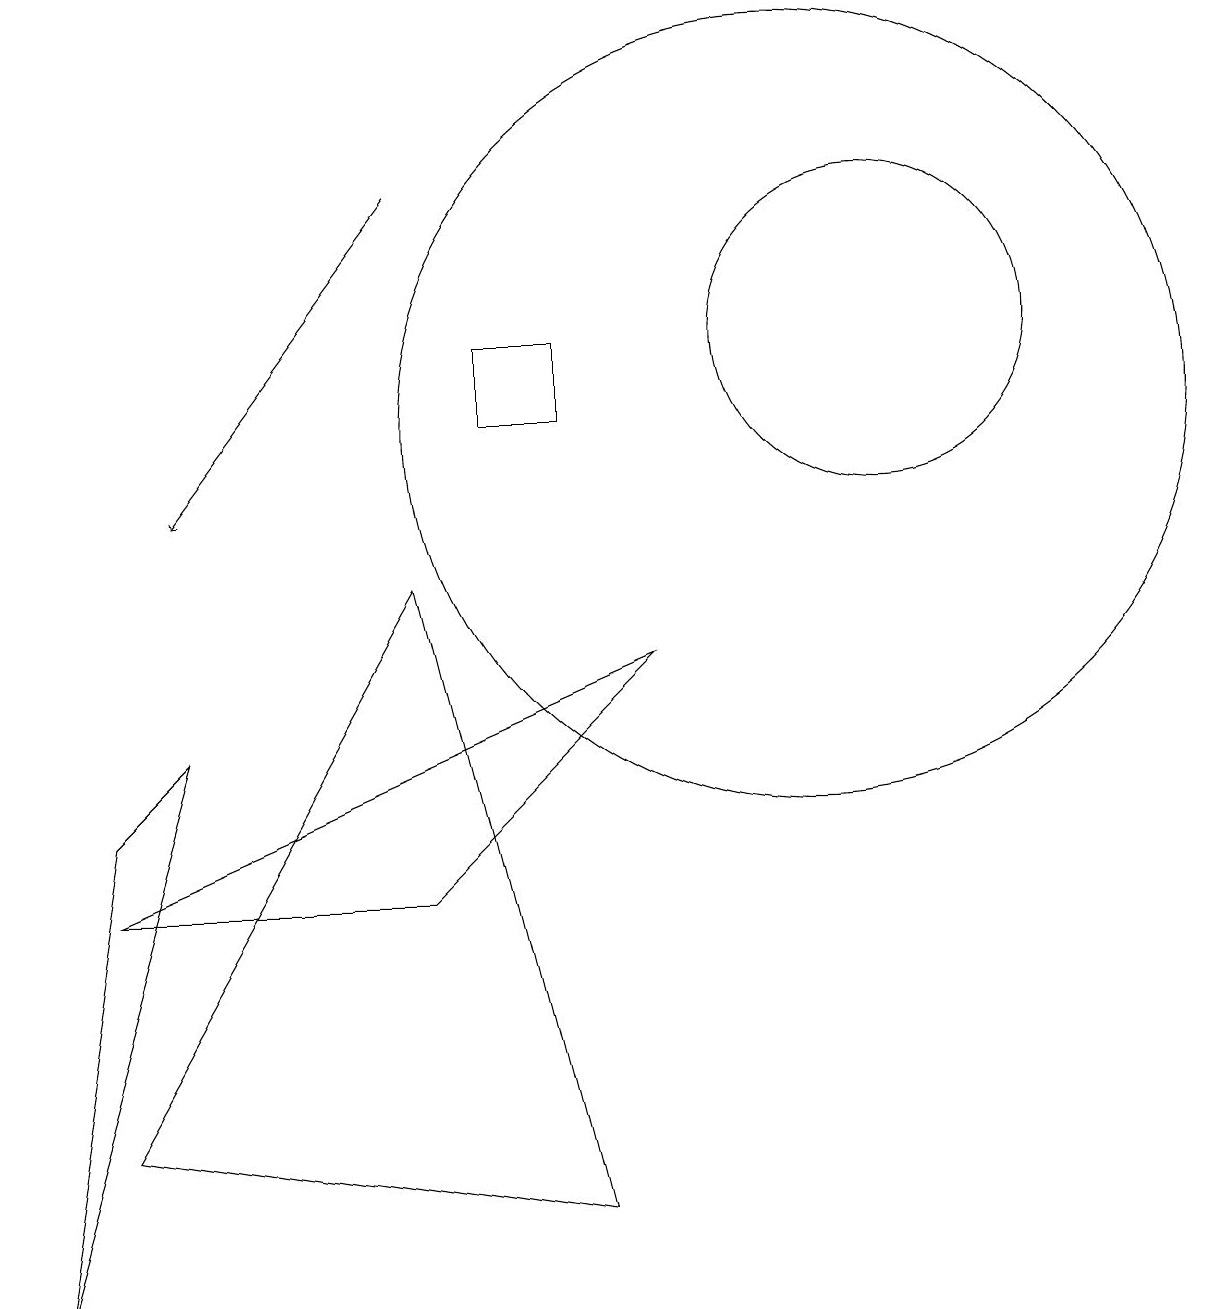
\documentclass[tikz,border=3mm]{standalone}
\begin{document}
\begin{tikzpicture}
\draw (2,7) -- (1,6) -- (0,0) -- cycle;
\draw (11,12) circle (2);
\draw (7,12) rectangle (6,11);
\draw (10,11) circle (5);
\draw (5,5) -- (8,8) -- (1,5) -- cycle;
\draw[->] (5,14) -- (2,10);
\draw (7,1) -- (5,9) -- (1,2) -- cycle;
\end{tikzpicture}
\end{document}